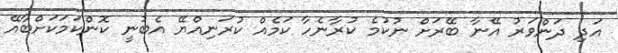
އަދި ދަންވަރު އޭނާ ބޭރަށް ނުކުމެ ކުރާނެހާ ކަމެއް ކުރަނިއްޔޭ އެބުނީ ކޮންކަމަކަށްބާއޭ